Vaccination in the Punjab 1883-1896 - 1883-1896
Year: 1883
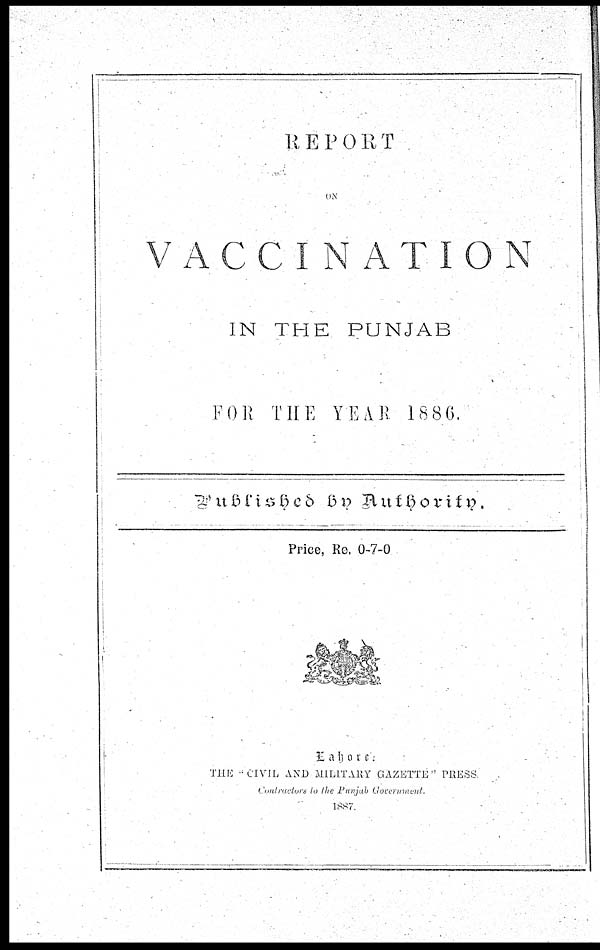
REPORT
ON
VACCINATION
IN THE PUNJAB
FOR THE YEAR 1886.
Published by Authority.
Price, Re. 0-7-0
Lahore:
THE “CIVIL AND MILITARY GAZETTE” PRESS.
Contractors to the Punjab Government.
1887.